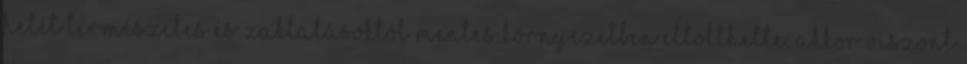
hetét természetes és zaklatásoktól mentes környezetben eltölthette. Akkor viszont